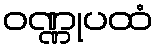
ဝဏ္ဏုပထံ